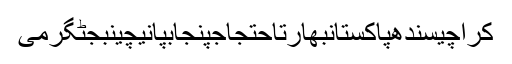
کراچیسندھپاکستانبھارتاحتجاجپنجابپانیچینبجٹگرمی